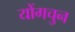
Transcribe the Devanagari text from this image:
योंगचुन